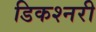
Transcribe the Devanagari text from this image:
डिकश्नरी